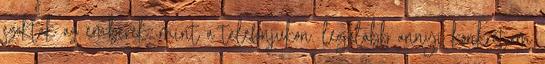
szoktak az emberek, mint a telefonjukon. legalább annyi konkrétum